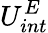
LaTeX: U_{int}^{E}